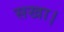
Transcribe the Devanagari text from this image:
सखा।